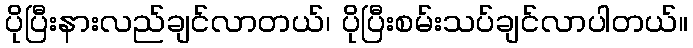
ပိုပြီးနားလည်ချင်လာတယ်၊ ပိုပြီးစမ်းသပ်ချင်လာပါတယ်။